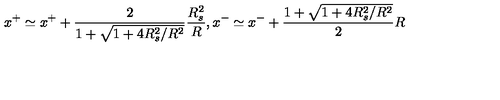
x ^ { + } \simeq x ^ { + } + \frac { 2 } { 1 + \sqrt { 1 + 4 R _ { s } ^ { 2 } / R ^ { 2 } } } \frac { R _ { s } ^ { 2 } } { R } , x ^ { - } \simeq x ^ { - } + \frac { 1 + \sqrt { 1 + 4 R _ { s } ^ { 2 } / R ^ { 2 } } } { 2 } R